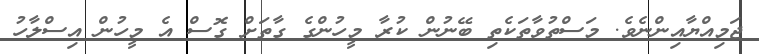
ޖަމިއްޔާއިންނެވެ. މަސްތުވާތަކެތި ބޭނުން ކުރާ މީހުންގެ ގާތަށް ގޮސް އެ މީހުން އިސްލާހު